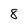
Character: 8